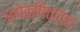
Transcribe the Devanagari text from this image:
आपेक्षितावाद